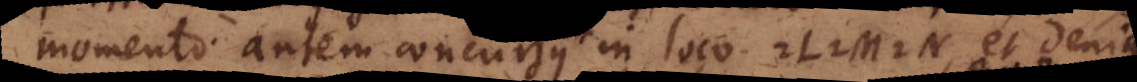
momento autem concursus in loco L M N, et deniq